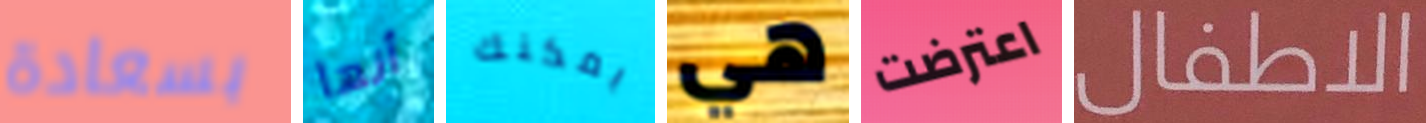
بسعادة أنها يمكنك هي اعترضت الاطفال